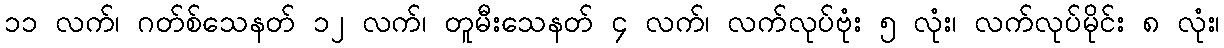
၁၁ လက်၊ ဂတ်စ်သေနတ် ၁၂ လက်၊ တူမီးသေနတ် ၄ လက်၊ လက်လုပ်ဗုံး ၅ လုံး၊ လက်လုပ်မိုင်း ၈ လုံး၊